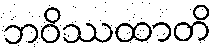
ဘဝိဿထာတိ